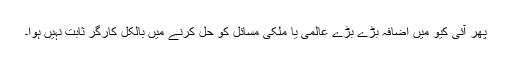
پھر آئی کیو میں اضافہ بڑے بڑے عالمی یا ملکی مسائل کو حل کرنے میں بالکل کارگر ثابت نہیں ہوا۔